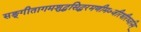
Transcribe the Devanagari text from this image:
सङ्गीतागमशुद्धसिद्धरमणीमञ्जीरधीरध्वनिम्